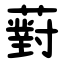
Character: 薱